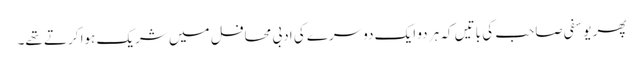
پھر یوسفی صاحب کی باتیں کہ ہر دو ایک دوسرے کی ادبی محافل میں شریک ہوا کرتے تھے۔